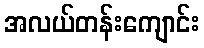
အလယ်တန်းကျောင်း